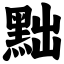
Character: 黜